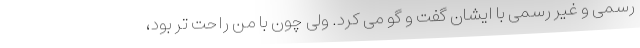
رسمی و غیر رسمی با ایشان گفت و گو می کرد. ولی چون با من راحت تر بود،